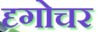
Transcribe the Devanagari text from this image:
दृगोचर